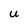
Character: U